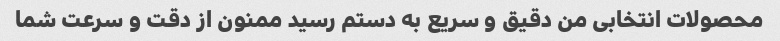
محصولات انتخابی من دقیق و سریع به دستم رسید ممنون از دقت و سرعت شما